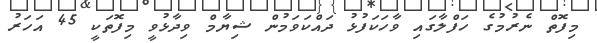
މިފޮތް ނެރުމުގެ ހަފްލާގައި ވާހަކަފުޅު ދައްކަވަމުން ޝިޔާމް ވިދާޅުވީ މިފޮތަކީ 45 އަހަރު